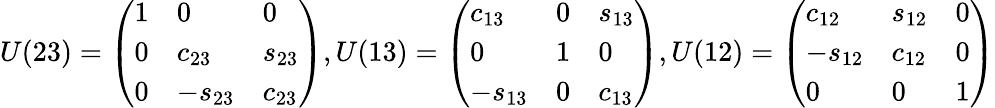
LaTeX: U(23)=\left(\begin{array}{lll}{{1}}&{{0}}&{{0}}\\ {{0}}&{{c_{23}}}&{{s_{23}}}\\ {{0}}&{{-s_{23}}}&{{c_{23}}}\end{array}\right),U(13)=\left(\begin{array}{lll}{{c_{13}}}&{{0}}&{{s_{13}}}\\ {{0}}&{{1}}&{{0}}\\ {{-s_{13}}}&{{0}}&{{c_{13}}}\end{array}\right),U(12)=\left(\begin{array}{lll}{{c_{12}}}&{{s_{12}}}&{{0}}\\ {{-s_{12}}}&{{c_{12}}}&{{0}}\\ {{0}}&{{0}}&{{1}}\end{array}\right)